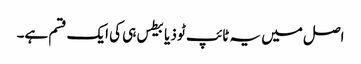
اصل میں یہ ٹائپ ٹو ذیابیطس ہی کی ایک قسم ہے۔